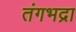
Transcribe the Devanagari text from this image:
तंगभद्रा